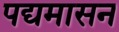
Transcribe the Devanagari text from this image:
पद्यमासन